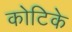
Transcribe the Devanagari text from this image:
कोटिके